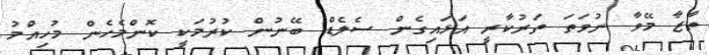
ތާޒާ މޭވާ ނުވަތަ ތަރުކާރީ އަޅައިގެން ސެލެޑް ބޭނުން ކުރުމަކީ ކޮންމެހެން މުހިއްމު